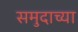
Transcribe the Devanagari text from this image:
समुदाच्या